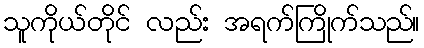
သူကိုယ်တိုင် လည်း အရက်ကြိုက်သည်။